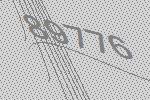
89776